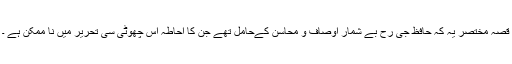
قصہ مختصر یہ کہ حافظ جی رح بے شمار اوصاف و محاسن کےحامل تھے جن کا احاطہ اس چھوٹی سی تحریر میں نا ممکن ہے ۔